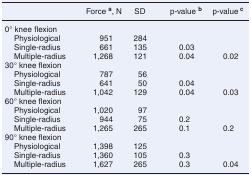
|  | Force a, N | SD | p-value b | p-value c |
 | --- | --- | --- | --- | --- |
 | <COLSPAN=5> 0° knee flexion |
 | Physiological | 951 | 284 |  |  |
 | Single-radius | 661 | 135 | 0.03 |  |
 | Multiple-radius | 1,268 | 121 | 0.04 | 0.02 |
 | <COLSPAN=5> 30° knee flexion |
 | Physiological | 787 | 56 |  |  |
 | Single-radius | 641 | 50 | 0.04 |  |
 | Multiple-radius | 1,042 | 129 | 0.04 | 0.03 |
 | <COLSPAN=5> 60° knee flexion |
 | Physiological | 1,020 | 97 |  |  |
 | Single-radius | 944 | 75 | 0.2 |  |
 | Multiple-radius | 1,265 | 265 | 0.1 | 0.2 |
 | <COLSPAN=5> 90° knee flexion |
 | Physiological | 1,398 | 125 |  |  |
 | Single-radius | 1,360 | 105 | 0.3 |  |
 | Multiple-radius | 1,627 | 265 | 0.3 | 0.04 |